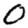
Digit: 0